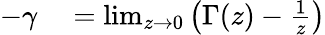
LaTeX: \begin{array}{rl}{-\gamma}&{{}=\operatorname*{lim}_{z\to 0}\left(\Gamma(z)-{\frac{1}{z}}\right)}\end{array}